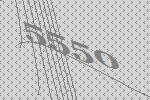
5550